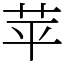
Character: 苹